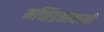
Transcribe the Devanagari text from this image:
मच्छिंद्रनाथाशी